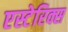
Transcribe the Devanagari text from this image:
एस्टेरिक्स